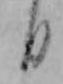
日